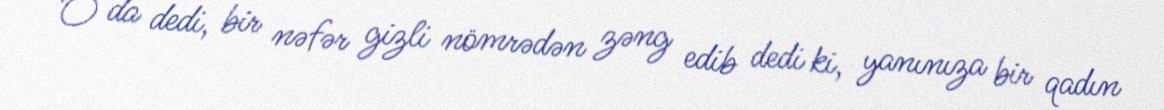
O da dedi, bir nəfər gizli nömrədən zəng edib dedi ki, yanınıza bir qadın